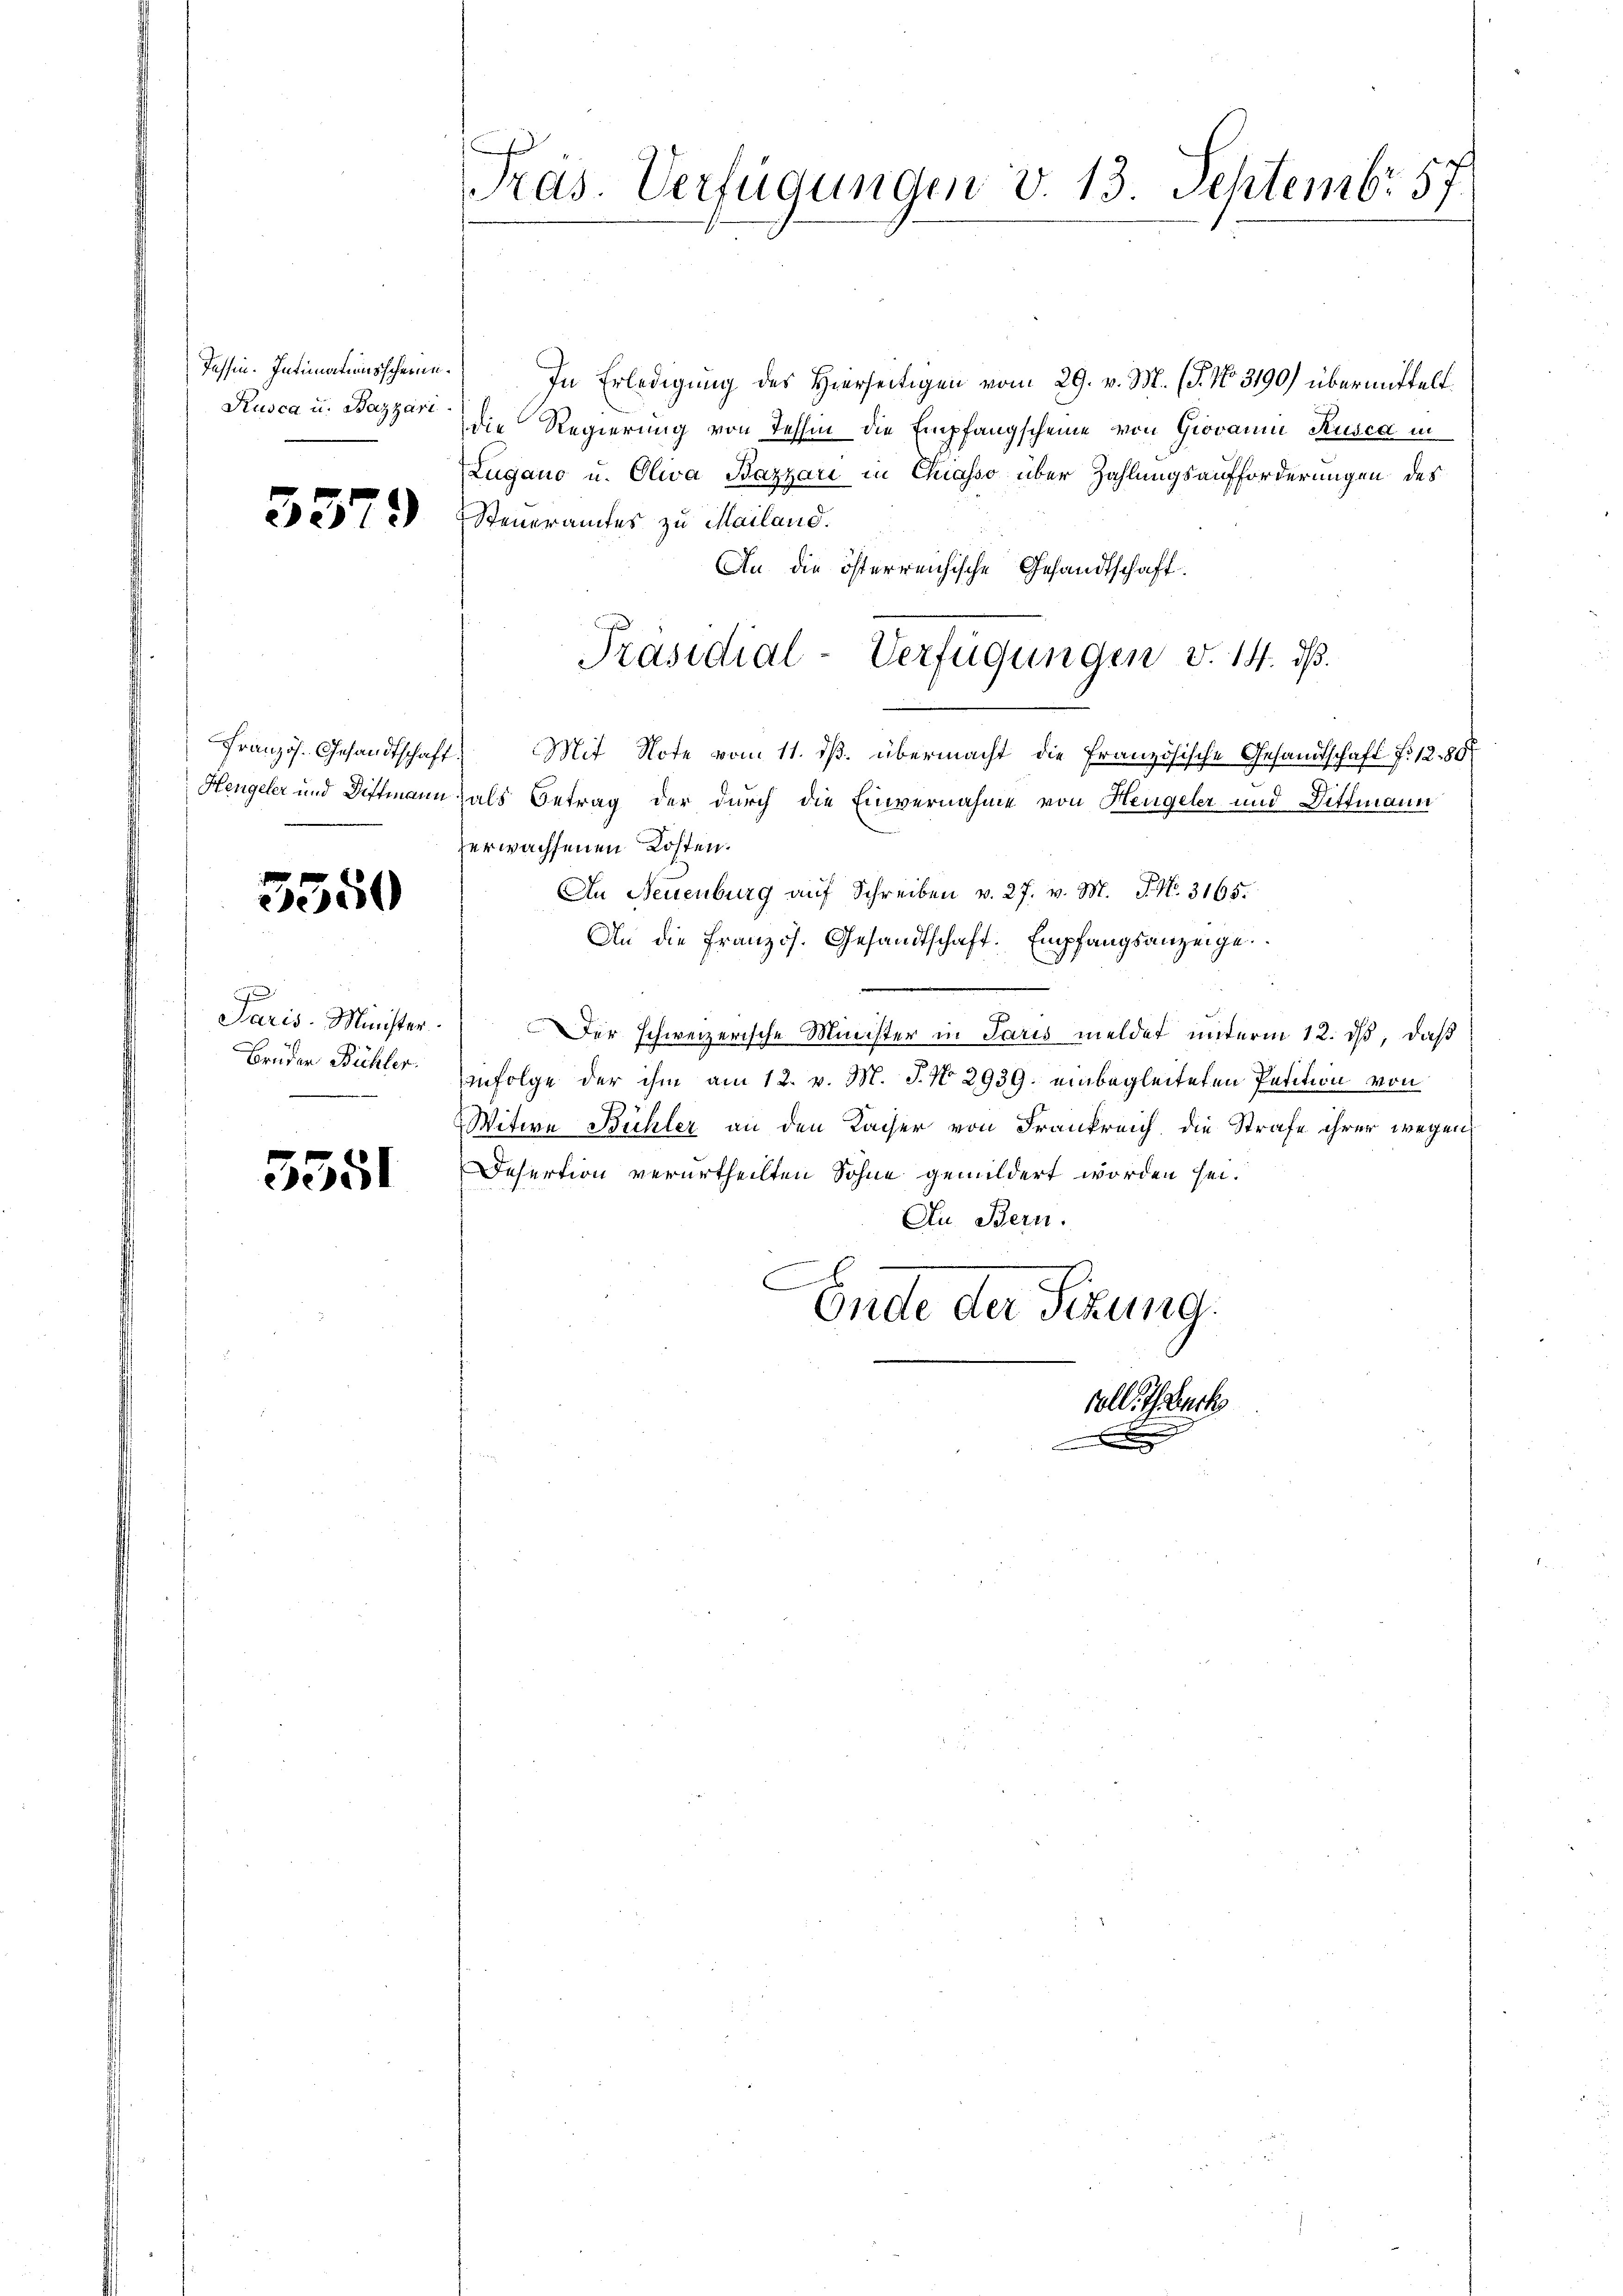
Tessin. Intimationsscheini¬
Rusca u. Bazzari

5379

Französ. Gesandtschaft.
Hengeler und Diffmann

3550

Paris Minister.
Brüder Bühler.

5551

Präs. Verfügungen v. 13. Septembr. 57.

In Erledigung des Hierseitigen vom 29. v. M. (T. No. 3190) übermittelt
die Regierung von Tessin die Empfangscheine von Giovanne Rusca in
Zugano u. Oliva Bazzari in Chiasso über Zahlungsaufforderungen des
Steueramtes zu Mailand.
An die österreichische Gesandtschaft.
Präsidial-Verfügungen v. 14. dß.
Mit Note vom 11. ds. übermacht die Französische Gesandtschaft f. 1288
als Betrag der durch die Einvernahme von Hengeler und Dittmann
erwachsenen Kosten.
An Neuenburg auf Schreiben v. 27. v. M. P. Nr. 3165.
An die französ. Gesandtschaft. Empfangsanzeige.
Der schweizerische Minister in Paris meldet unterm 12. ds, daß
infolge der ihm am 12. v. M. J. No 2939. einbegleiteten Petition von
Witwe Bühler an den Kaiser von Frankreich die Strafe ihrer wegen
Desertion verurtheilten Söhne gemildert worden sei.
Au Bern.
Ende der Sekung.

.

voll. Ich back